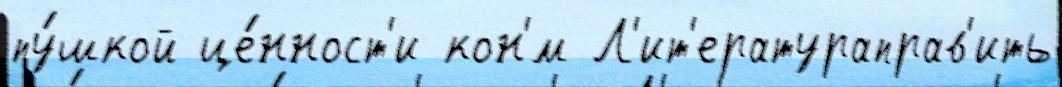
пу́шкой це́нност'и кон'́м Л'ит'ератураправ'ить